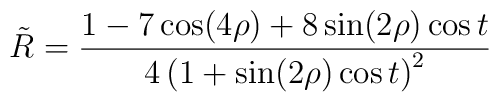
\tilde R=\frac{1-7\cos (4\rho )+8\sin (2\rho )\cos t}{4\left(1+\sin (2\rho )\cos t\right) ^2}